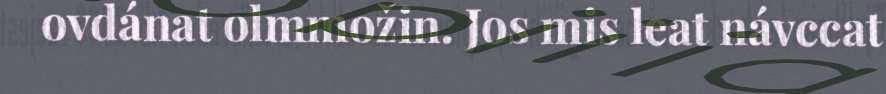
ovdánat olmmožin. Jos mis leat návccat